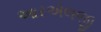
આરએલજી